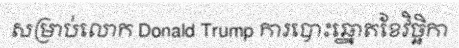
សម្រាប់លោក Donald Trump ការបោះឆ្នោតខែវិច្ឆិកា